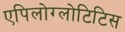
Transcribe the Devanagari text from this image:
एपिलोग्लोटिटिस